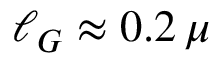
\ell _ { G } \approx 0 . 2 \, \mu